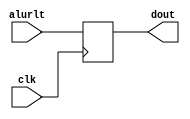
module alur(clk, alurlt, dout);
    input clk;
    input [31:0]alurlt;
    output wire[31:0]dout;

    reg [31:0]register;

    initial
        register = 32'b0;

    always@(posedge clk)begin
        register = alurlt;
    end
    assign dout = register;
endmodule